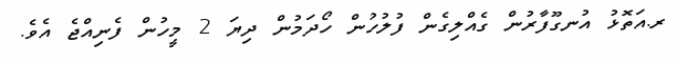
ރ.އަތޮޅު އުނގޫފާރުން ގެއްލިގެން ފުލުހުން ހޯދަމުން ދިޔަ 2 މީހުން ފެނިއްޖެ އެވެ.